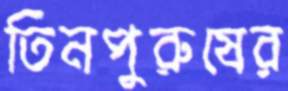
তিনপুরুষের